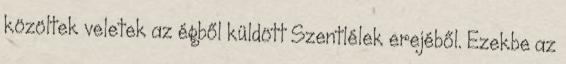
közöltek veletek az égből küldött Szentlélek erejéből. Ezekbe az